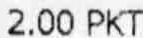
2.00 PKT